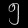
Digit: ၅